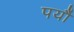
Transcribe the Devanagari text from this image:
पर्यौ